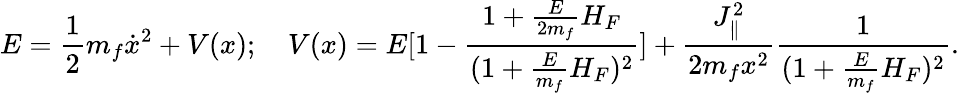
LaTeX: E={\frac{1}{2}}m_{f}\dot{x}^{2}+V(x);\ \ \ \ V(x)=E[1-{\frac{1+{\frac{E}{2m_{f}}}H_{F}}{(1+{\frac{E}{m_{f}}}H_{F})^{2}}}]+{\frac{J_{\parallel}^{2}}{2m_{f}x^{2}}}{\frac{1}{(1+{\frac{E}{m_{f}}}H_{F})^{2}}}.